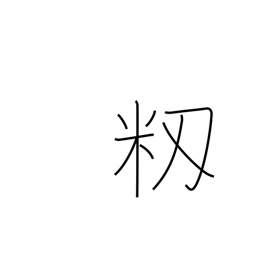
Meaning: unhulled rice